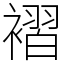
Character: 褶